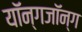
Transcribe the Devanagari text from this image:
यॉन्गजॉन्ग